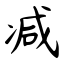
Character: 减